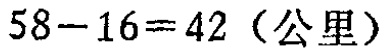
\(58 - 16 = 42 \text{（公里）}\)